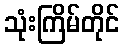
သုံးကြိမ်တိုင်